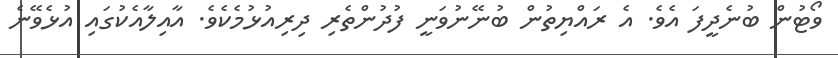
ވޯޓުން ބުނެދީފަ އެވެ. އެ ރައްޔިތުން ބުނޭނުވަނީ ފުދުންތެރި ދިރިއުޅުމެކެވެ. އާއިލާއެކުގައި އުޅެވޭނެ